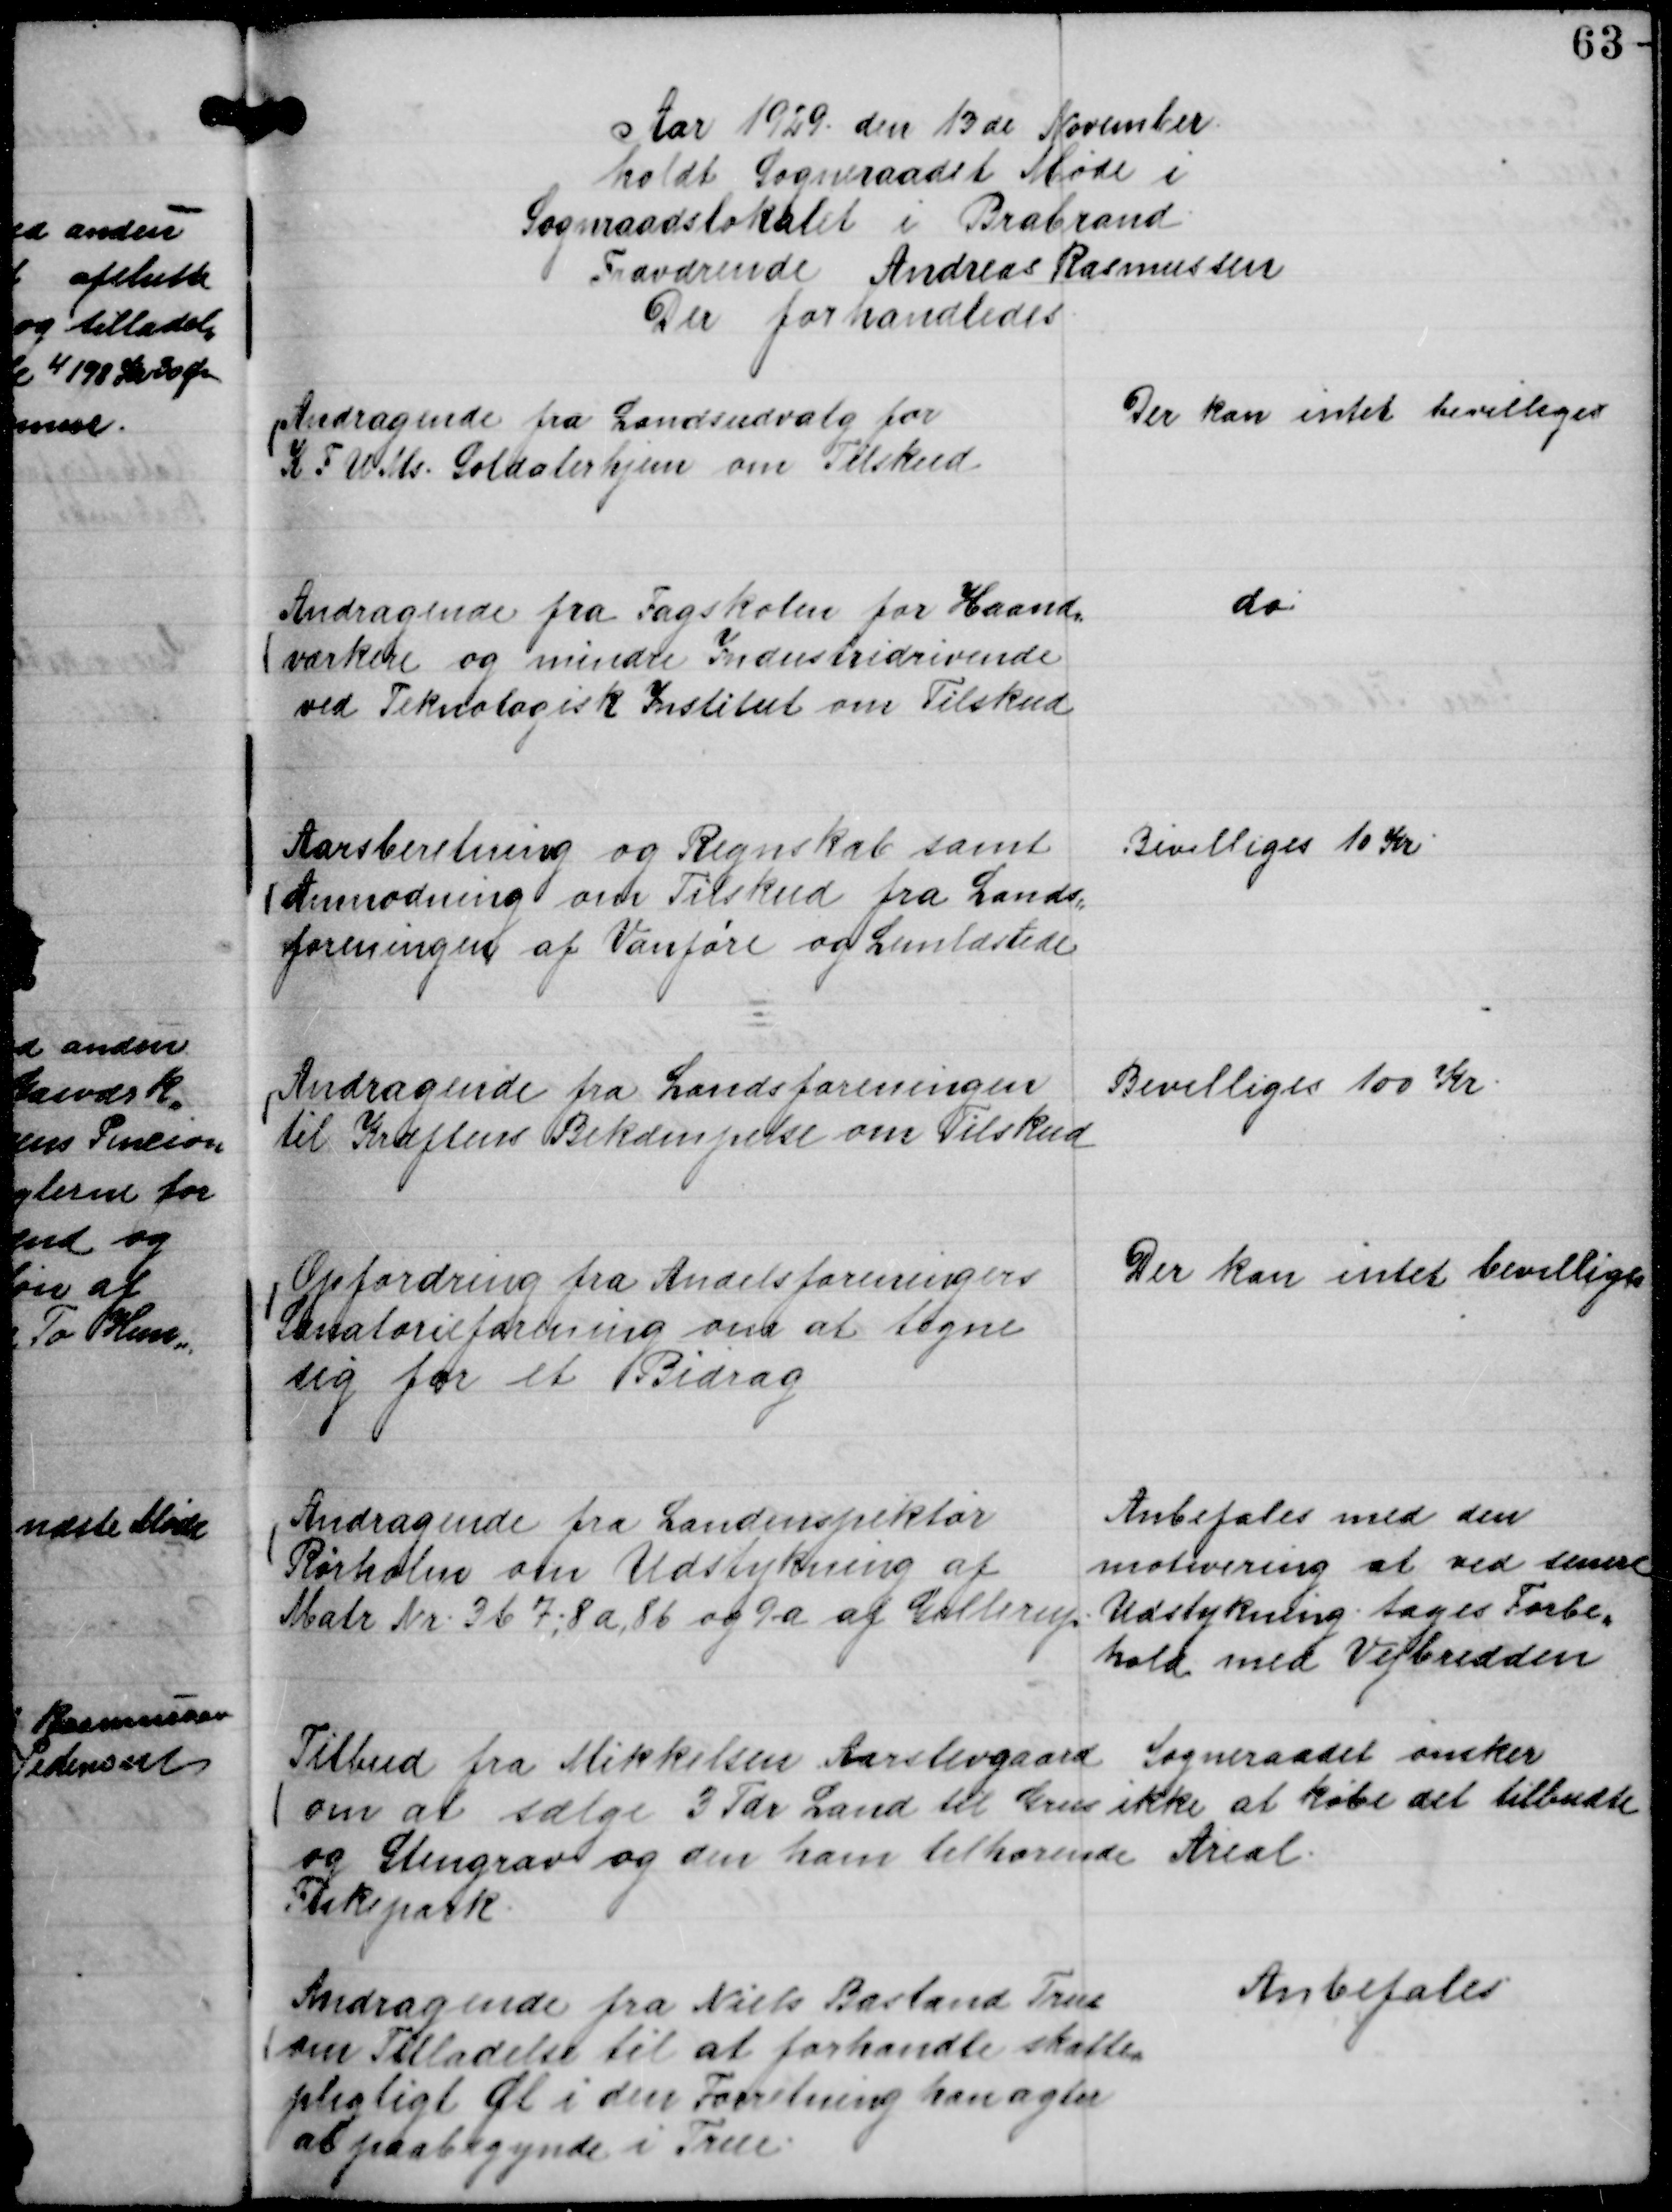
Transskription:
Aar 1929 den 13 de November
holdt Sogneraadet Møde i
Sogneraadslokalet i Brabrand.
Fraværende Andreas Rasmussen
Der forhandledes.

Andragende fra Landsudvalg for
K F U Ms. Soldaterhjem om Tilskud

Der kan intet bevilliges

Andragende fra Fagskolen for Haand,,
værkere og mindre Industridrivende
ved Teknologisk Institut om Tilskud

do

Aarsberetning og Regnskab samt
Anmodning om Tilskud fra Lands,,
foreningen af Vanføre og Lemlæstede

Bevilliges 10 Kr

Andragende fra Landsforeningen
til Kræftens Bekæmpelse om Tilskud

Bevilliges 100 Kr.

Opfordring fra Andelsforeningers
Sanatorieforening om at tegne
sig for et Bidrag

Der kan intet bevilliges

Andragende fra Landinspektør
Rørholm om Udstykning af
Matr Nr. 3 b 7; 8 a, 8 b og 9-a af Gellerup

Anbefales med den
motivering at ved senere
Udstykning tages Forbe,,
hold med Vejbredden

Tilbud fra Mikkelsen Aarslevgaard
om at sælge 3 Tdr Land til Grus
og Stengrav og den ham tilhørende
Fiskepark..

Sogneraadet ønsker
ikke at købe det tilbudte
Areal.

Andragende fra Niels Basland True
om Tilladelse til at forhandle skatte,,
pligtigt Øl i den Forretning han agter
at paabegynde i True.

Anbefales